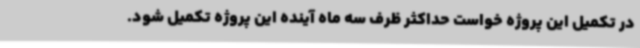
در تکمیل این پروژه خواست حداکثر ظرف سه ماه آینده این پروژه تکمیل شود.